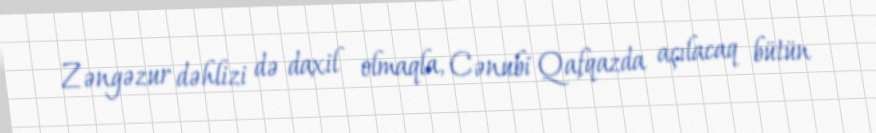
Zəngəzur dəhlizi də daxil olmaqla, Cənubi Qafqazda açılacaq bütün